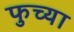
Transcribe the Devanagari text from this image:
फुच्या